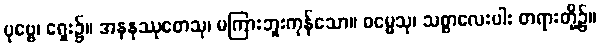
ပုဗ္ဗေ၊ ရှေး၌။ အနနုဿုတေသု၊ မကြားဘူးကုန်သော။ ဓမ္မေသု၊ သစ္စာလေးပါး တရားတို့၌။